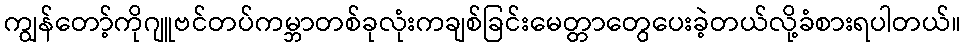
ကျွန်တော့်ကိုဂျူဗင်တပ်ကမ္ဘာတစ်ခုလုံးကချစ်ခြင်းမေတ္တာတွေပေးခဲ့တယ်လို့ခံစားရပါတယ်။